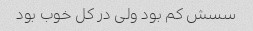
سسش کم بود ولی در کل خوب بود